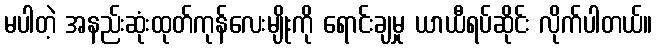
မပါတဲ့ အနည်းဆုံးထုတ်ကုန်လေးမျိုးကို ရောင်းချမှု ယာယီရပ်ဆိုင်း လိုက်ပါတယ်။